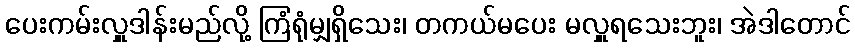
ပေးကမ်းလှူဒါန်းမည်လို့ ကြံရုံမျှရှိသေး၊ တကယ်မပေး မလှူရသေးဘူး၊ အဲဒါတောင်